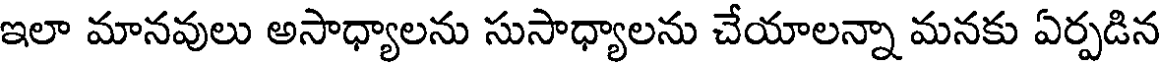
ఇలా మానవులు అసాధ్యాలను సుసాధ్యాలను చేయాలన్నా మనకు ఏర్పడిన